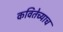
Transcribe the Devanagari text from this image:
कवितेच्याच